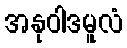
အနုဝါဒမူလံ